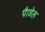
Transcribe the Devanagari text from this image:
पैाडेल